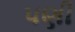
પણી